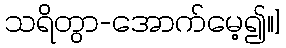
သရိတွာ-အောက်မေ့၍။]